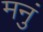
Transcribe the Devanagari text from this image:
मनुं